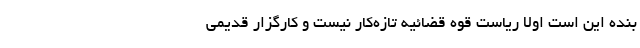
بنده این است اولاً ریاست قوه قضائیه تازه‌کار نیست و کارگزار قدیمی